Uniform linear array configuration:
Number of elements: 16
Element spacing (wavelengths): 1
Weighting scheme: blackman
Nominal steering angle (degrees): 15
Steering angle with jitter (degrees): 13.66
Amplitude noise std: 0.05
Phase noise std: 0.05

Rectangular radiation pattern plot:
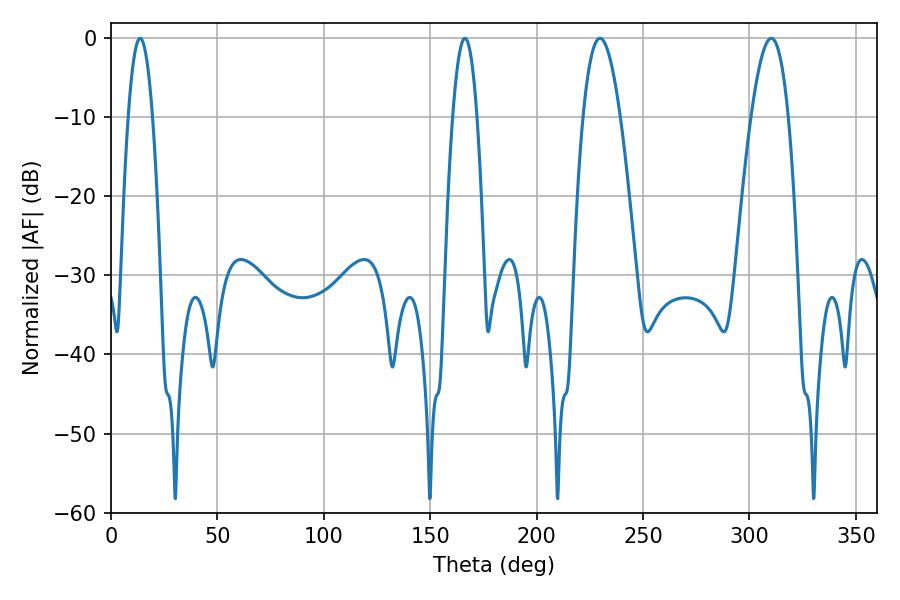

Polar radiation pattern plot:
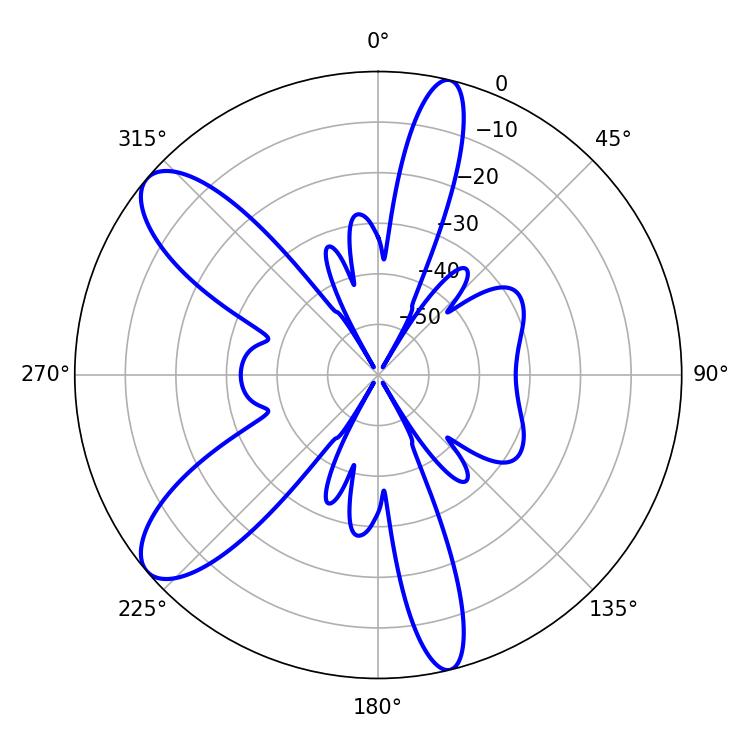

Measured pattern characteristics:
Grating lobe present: TRUE
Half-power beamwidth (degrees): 6.3
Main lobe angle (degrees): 13.68